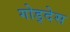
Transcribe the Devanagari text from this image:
गोड्देस